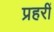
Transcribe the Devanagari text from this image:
प्रहरीं